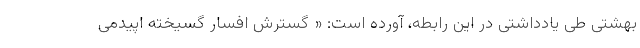
بهشتی طی یادداشتی در این رابطه، آورده است: « گسترش افسار گسیخته اپیدمی